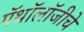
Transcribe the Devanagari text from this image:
पॅथॉलॉजीचे